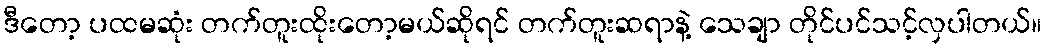
ဒီတော့ ပထမဆုံး တက်တူးထိုးတော့မယ်ဆိုရင် တက်တူးဆရာနဲ့ သေချာ တိုင်ပင်သင့်လှပါတယ်။